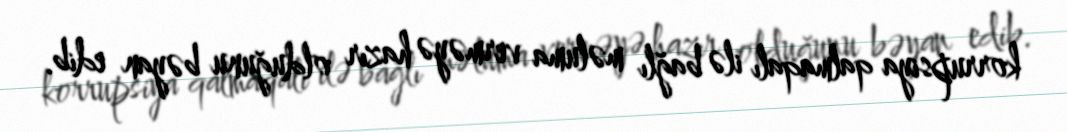
korrupsiya qalmaqalı ilə bağlı məluma verməyə hazır olduğunu bəyan edib.